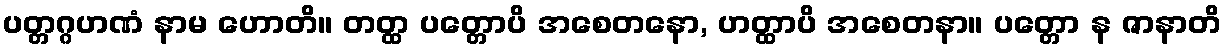
ပတ္တဂ္ဂဟဏံ နာမ ဟောတိ။ တတ္ထ ပတ္တောပိ အစေတနော, ဟတ္ထာပိ အစေတနာ။ ပတ္တော န ဇာနာတိ